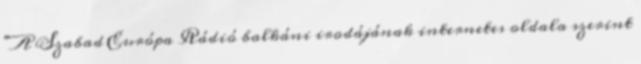
"A Szabad Európa Rádió balkáni irodájának internetes oldala szerint